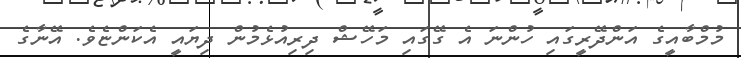
މުމްބާއީގެ އަންދޭރީގައި ހުންނަ އެ ގޭގައި މަހޭޝް ދިރިއުޅެމުން ދިޔައީ އެކަންޏެވެ. އޭނާގެ